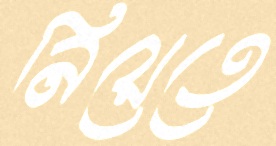
নিয়েতে